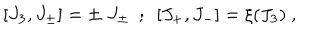
LaTeX: \lbrack J _ { 3 } , J _ { \pm } \rbrack = \pm \; J _ { \pm } ~ ~ ; ~ ~ \lbrack J _ { + } , J _ { - } \rbrack = \xi ( J _ { 3 } ) ~ ,